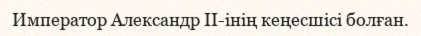
Император Александр II-інің кеңесшісі болған.